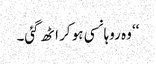
‘‘ وہ روہانسی ہو کر اٹھ گئی۔